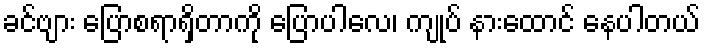
ခင်ဗျား ပြောစရာရှိတာကို ပြောပါလေ၊ ကျုပ် နားထောင် နေပါတယ်